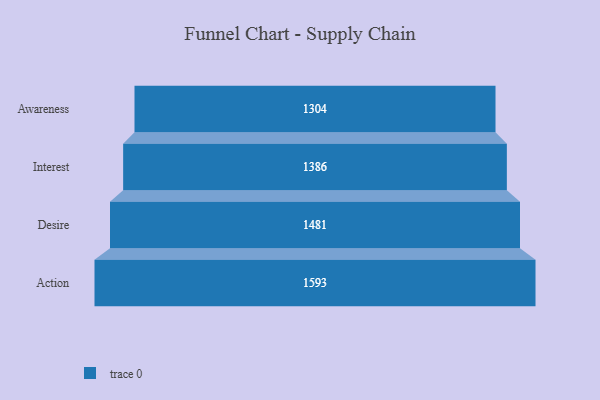
{"axis": {"x": "Stage", "y": "Value"}, "legend": [""], "data": [{"x": "Awareness", "y": 1304.0, "type": ""}, {"x": "Interest", "y": 1386.0, "type": ""}, {"x": "Desire", "y": 1481.0, "type": ""}, {"x": "Action", "y": 1593.0, "type": ""}]}